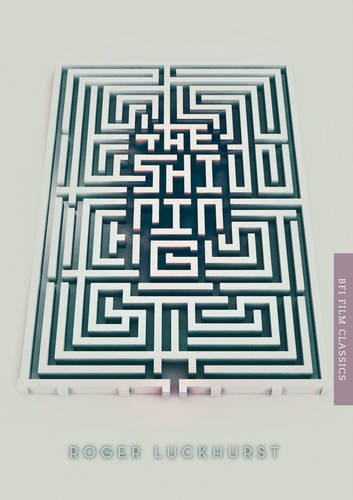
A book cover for The Shining (BFI Film Classics); Roger Luckhurst; Humor & Entertainment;